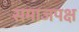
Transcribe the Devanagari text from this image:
समाजपक्ष